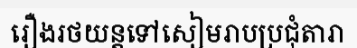
រឿងរថយន្តទៅសៀមរាបប្រជុំតារា